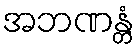
အဘဏန္တံ